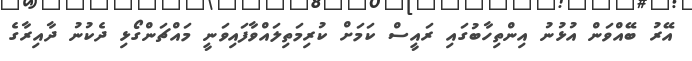
އޭރު ބޭއްވަން އުޅުނު އިންތިހާބުގައި ރައީސް ކަމަށް ކުރިމަތިލައްވާފައިވަނީ މައްޗަންގޯޅި ދެކުނު ދާއިރާގެ